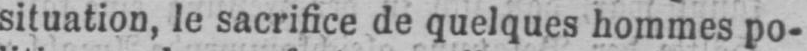
situation, le sacrifice de quelques hommes po-